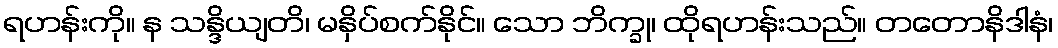
ရဟန်းကို။ န သန္ဒိယျတိ၊ မနှိပ်စက်နိုင်။ သော ဘိက္ခု၊ ထိုရဟန်းသည်။ တတောနိဒါနံ၊